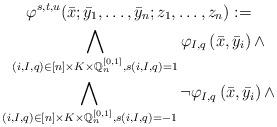
LaTeX: \begin{gather*}\varphi^{s,t,u}(\bar{x}; \bar{y}_1, \ldots, \bar{y}_n; z_1, \ldots, z_n) := \\ \bigwedge_{(i,I,q) \in [n] \times K \times \mathbb{Q}_n^{[0,1]}, s(i,I,q)=1 } \varphi_{I,q} \left(\bar{x},{\bar{y}_i}\right) \land \\\bigwedge_{(i,I,q) \in [n] \times K \times \mathbb{Q}_n^{[0,1]}, s(i,I,q)=-1 } \neg \varphi_{I,q} \left(\bar{x},\bar{y}_i \right) \land \end{gather*}